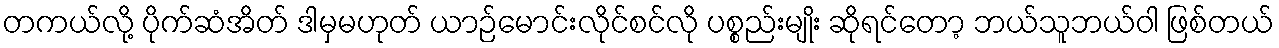
တကယ်လို့ ပိုက်ဆံအိတ် ဒါမှမဟုတ် ယာဉ်မောင်းလိုင်စင်လို ပစ္စည်းမျိုး ဆိုရင်တော့ ဘယ်သူဘယ်ဝါ ဖြစ်တယ်